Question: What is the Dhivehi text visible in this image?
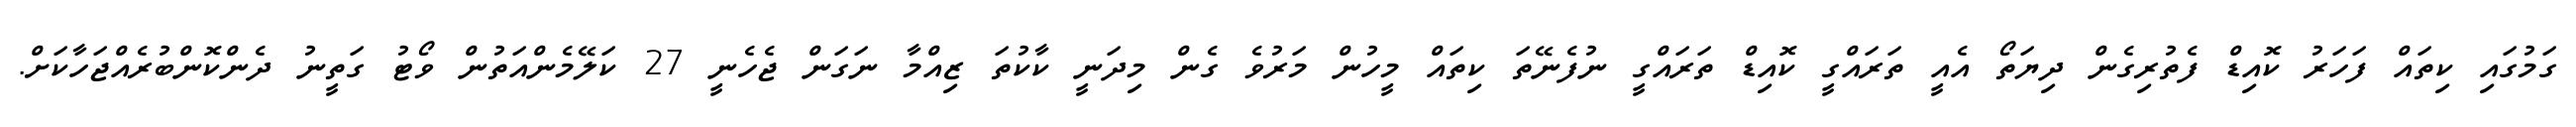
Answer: ގަމުގައި ކިތައް ފަހަރު ކޮއިޑް ފެތުރިގެން ދިޔަތޯ އެއީ ތަރައްގީ ކޮއިޑް ތަރައްގީ ނުފެނޭތަ ކިތައް މީހުން މަރުވެ ގެން މިދަނީ ކާކުތަ ޒިއްމާ ނަގަން ޖެހެނީ 27 ކަލޭމެންއަތުން ވޯޓު ގަތީނު ދެންކޮންބުރެއްޖަހާކަށް.